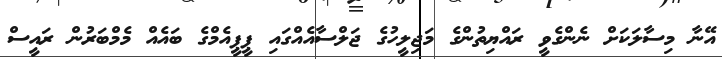
އޭނާ މިސާލަކަށް ނެންގެވީ ރައްޔިތުންގެ މަޖިލީހުގެ ޖަލްސާއެއްގައި ޕީޕީއެމްގެ ބައެއް މެމްބަރުން ރައީސް